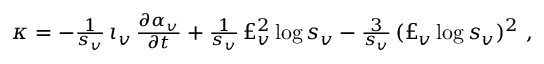
\begin{array} { r } { \kappa = - \frac { 1 } { s _ { v } } \, \iota _ { v } \, \frac { \partial \alpha _ { v } } { \partial t } + \frac { 1 } { s _ { v } } \, \pounds _ { v } ^ { 2 } \log s _ { v } - \frac { 3 } { s _ { v } } \, ( \pounds _ { v } \log s _ { v } ) ^ { 2 } \ , } \end{array}